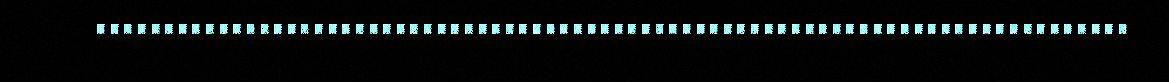
............................................................................